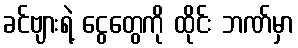
ခင်ဗျားရဲ့ ငွေတွေကို ထိုင်း ဘဏ်မှာ